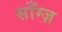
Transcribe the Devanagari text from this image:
साँग्ज़